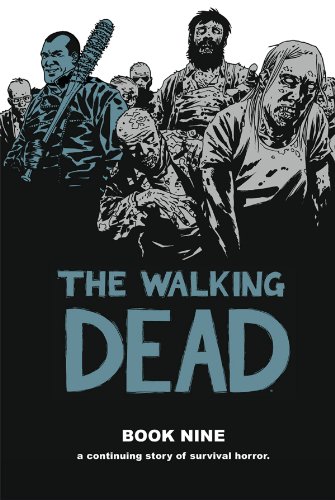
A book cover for The Walking Dead Book 9; Robert Kirkman; Comics & Graphic Novels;